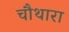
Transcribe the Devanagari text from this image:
चौथारा